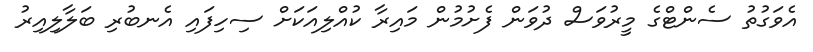
އެވަގުތު ސެންޓްގެ މީރުވަސް ދުވަން ފެށުމުން މައިރާ ކުއްލިއަކަށް ސިހިފައި އެނބުރި ބަލާލިއިރު